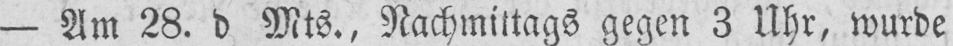
- Am 28. d Mts., Nachmittags gegen 3 Uhr, wurde